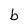
Character: b